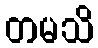
တမသိ